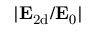
| { \bf E } _ { \mathrm { 2 d } } / { \bf E } _ { 0 } |